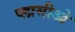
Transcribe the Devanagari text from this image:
प्लासीओ